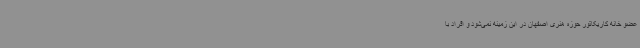
عضو خانه کاریکاتور حوزه هنری اصفهان در این زمینه نمی‌شود و افراد با